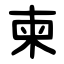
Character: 柬